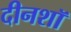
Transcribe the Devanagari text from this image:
दीनशॉ